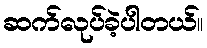
ဆက်လုပ်ခဲ့ပါတယ်။